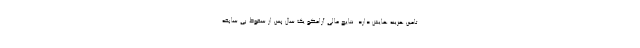
تامین هزینه هایش دارد. نتایج مالی آرامکو یک سال پس از سقوط بی سابقه